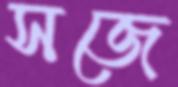
সজে